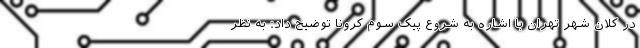
در کلان شهر تهران با اشاره به شروع پیک سوم کرونا توضیح داد: به نظر